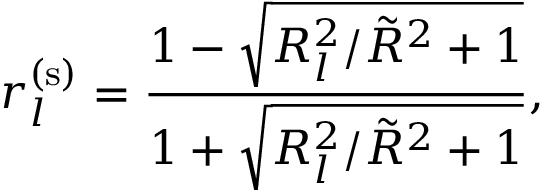
r _ { l } ^ { ( \mathrm { s } ) } = \frac { 1 - \sqrt { R _ { l } ^ { 2 } / \Tilde { R } ^ { 2 } + 1 } } { 1 + \sqrt { R _ { l } ^ { 2 } / \Tilde { R } ^ { 2 } + 1 } } ,